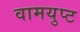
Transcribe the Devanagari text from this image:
वामयुप्ट